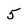
Character: 5